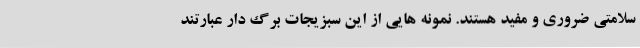
سلامتی ضروری و مفید هستند. نمونه هایی از این سبزیجات برگ دار عبارتند